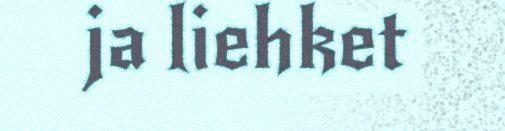
ja liehket